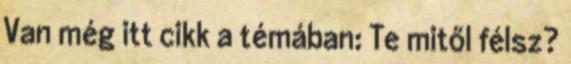
Van még itt cikk a témában: Te mitől félsz?